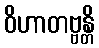
ဝိဟာတဗ္ဗန္တိ